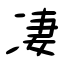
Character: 凄